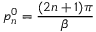
p _ { n } ^ { 0 } = \frac { ( 2 n + 1 ) \pi } { \beta }